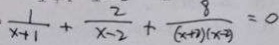
\frac { 1 } { x + 1 } + \frac { 2 } { x - 2 } + \frac { 8 } { ( x + 2 ) ( x - 2 ) } = 0